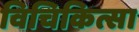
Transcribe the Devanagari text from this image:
विचिकित्सा